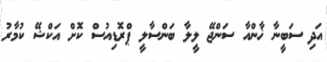
އަދި ސަބީނާ ޚާންއާ ސަންޖޭ ލީލާ ބަންސާލީ ޕްރޮޑިއުސް ކޮށް އަކްޝޭ ކުމާރު